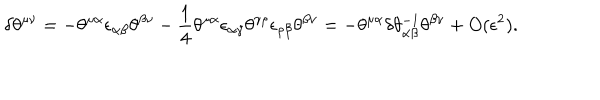
\delta \theta ^ { \mu \nu } = - \theta ^ { \mu \alpha } \epsilon _ { \alpha \beta } \theta ^ { \beta \nu } - \frac { 1 } { 4 } \theta ^ { \mu \alpha } \epsilon _ { \alpha \gamma } \theta ^ { \gamma \rho } \epsilon _ { \rho \beta } \theta ^ { \beta \nu } = - \theta ^ { \mu \alpha } \delta \theta _ { \alpha \beta } ^ { - 1 } \theta ^ { \beta \nu } + O ( \epsilon ^ { 2 } ) .